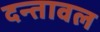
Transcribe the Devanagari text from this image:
दन्तावल